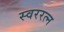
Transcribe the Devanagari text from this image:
स्वररत्न